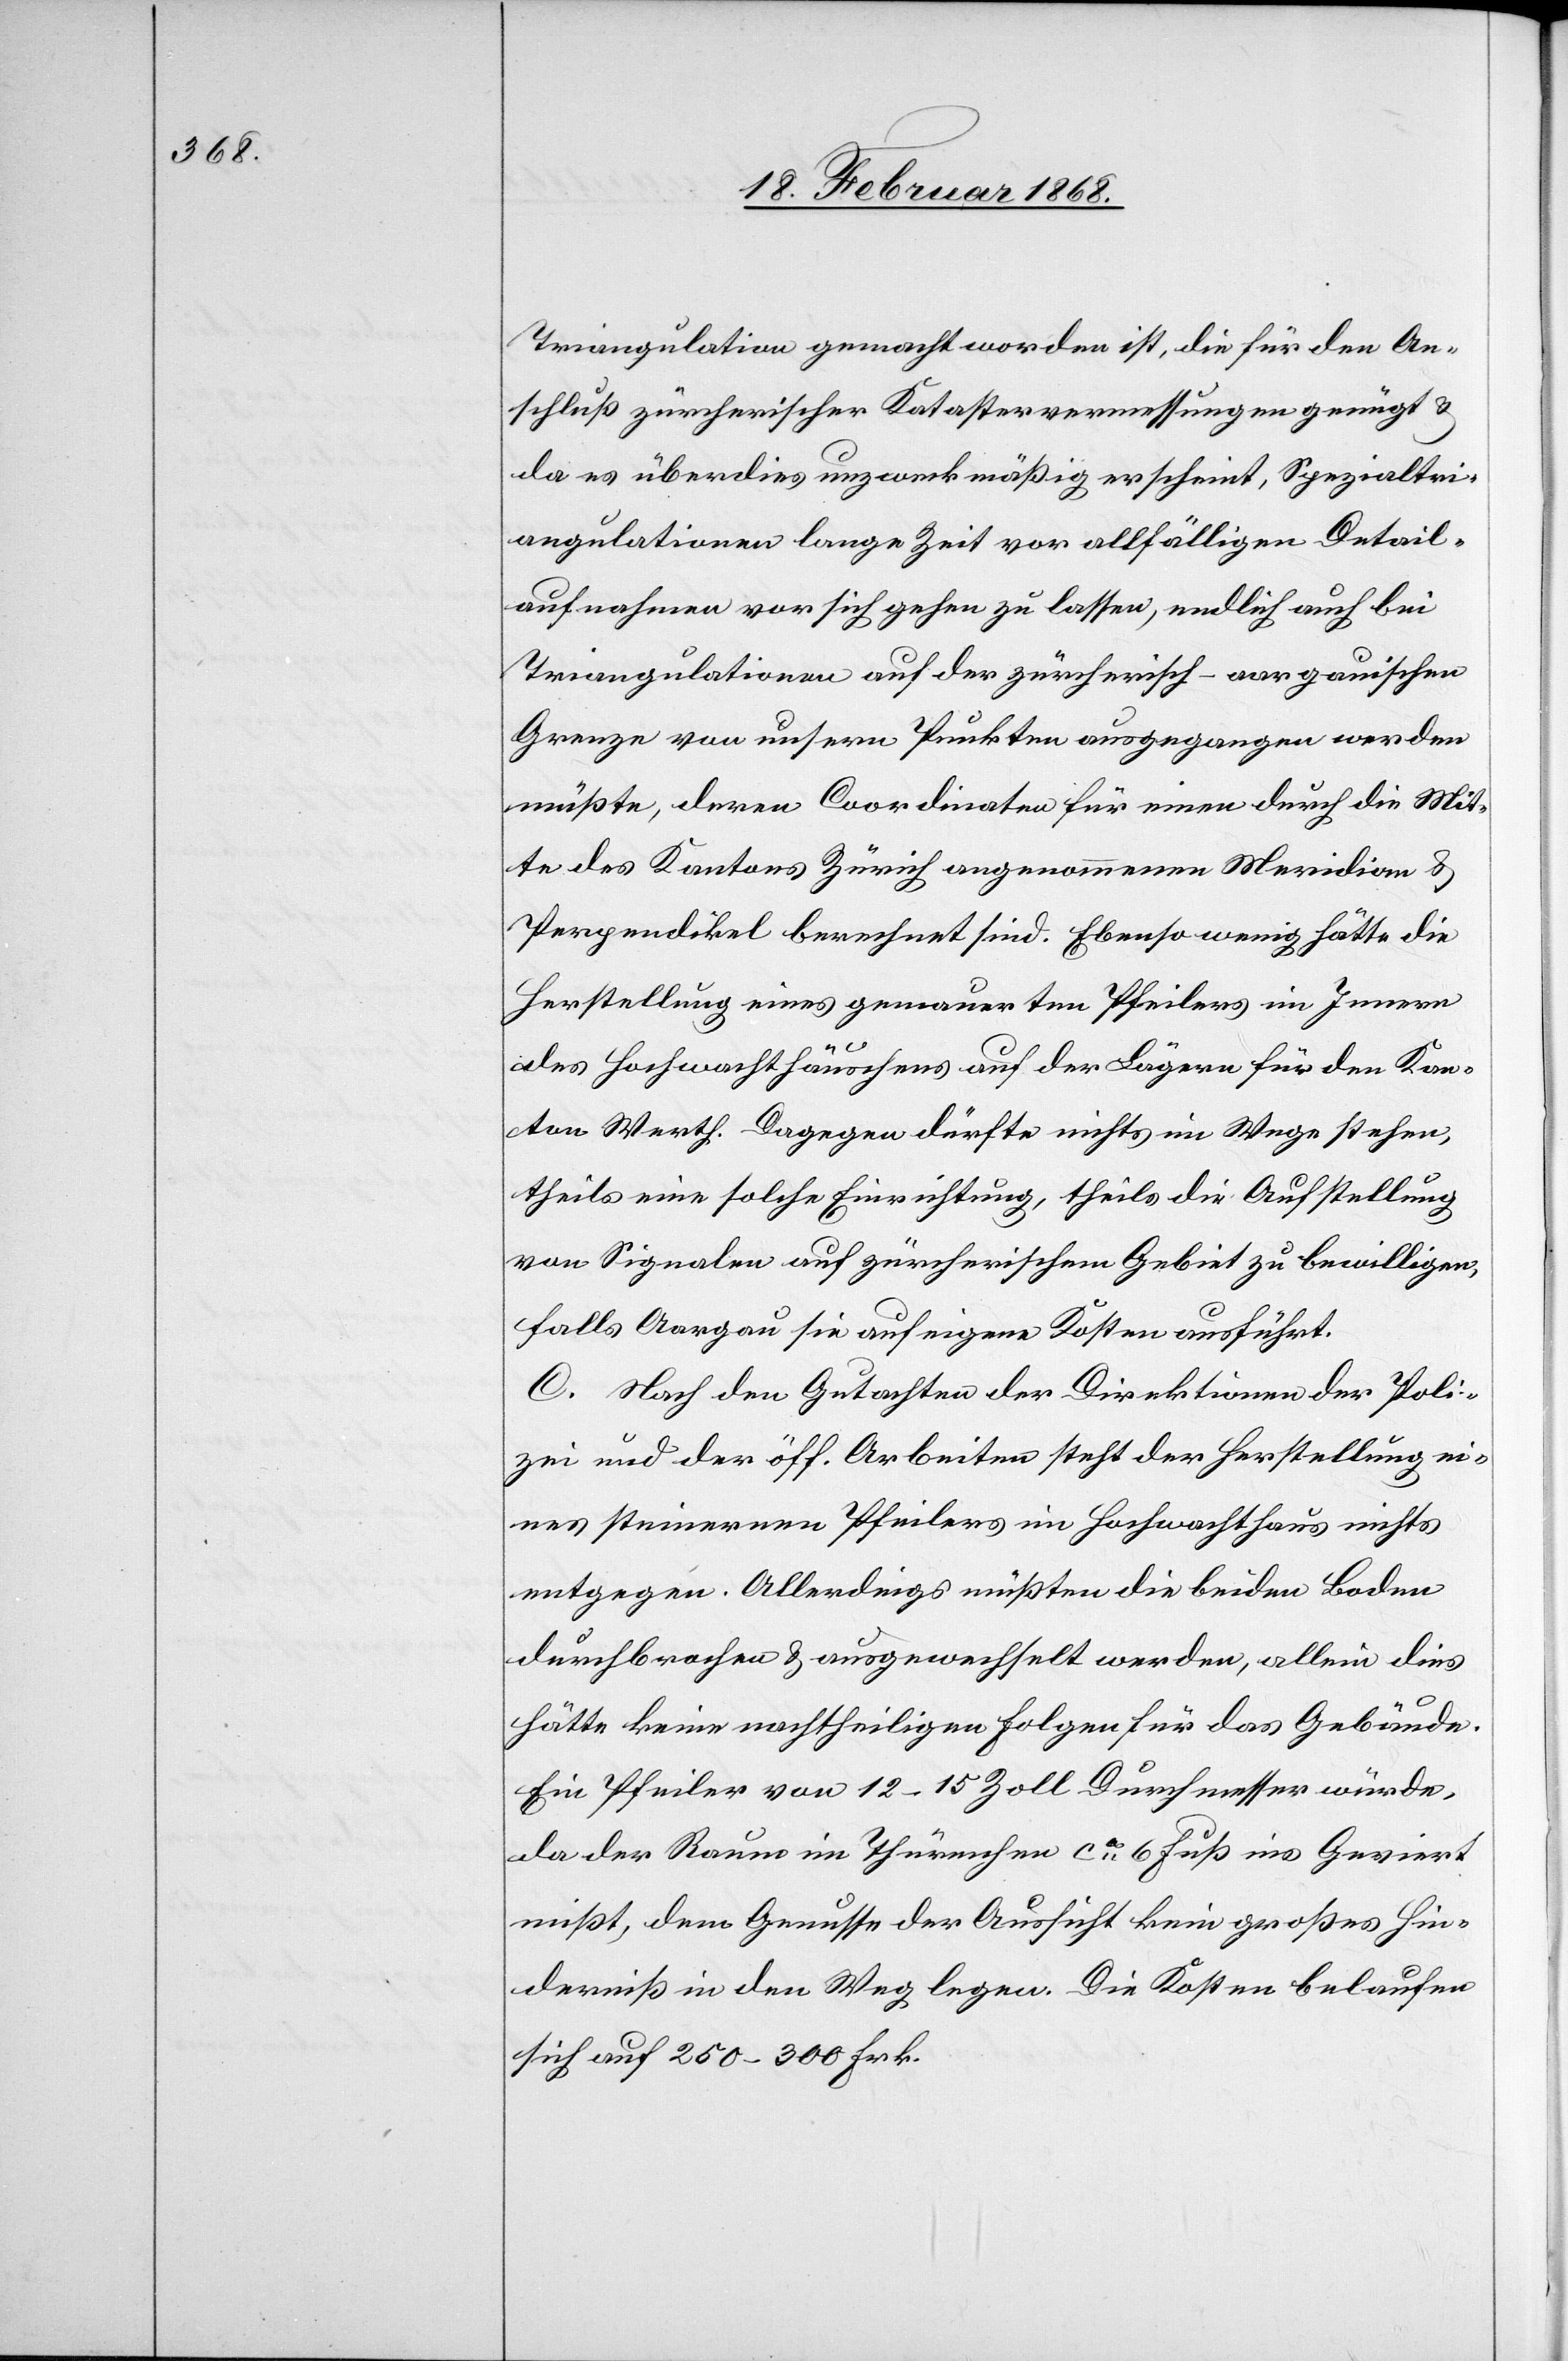
Triangulation gemacht worden ist, die für den An¬
schluß zürcherischer Katastervermessungen genügt &
da es überdies unzweckmäßig erscheint, Spezialtri¬
angulationen lange Zeit vor allfälligen Detail¬
aufnahmen vor sich gehen zu lassen, endlich auch bei
Triangulationen auf der zürcherisch-aargauischen
Grenze von unsern Punkten ausgegangen werden
müßte, deren Coordinaten für einen durch die Mit¬
te des Kantons Zürich angenommenen Meridian &
Perpendikel berechnet sind. Ebenso wenig hätte die
Herstellung eines gemauerten Pfeilers im Innern
des Hochwachthäuschens auf der Lägern für den Kan¬
ton Werth. Dagegen dürfte nichts im Wege stehen,
theils eine solche Einrichtung, theils die Aufstellung
von Signalen auf zürcherischem Gebiet zu bewilligen,
falls Aargau sie auf eigene Kosten ausführt.
C. Nach den Gutachten der Direktionen der Poli¬
zei und der öff. Arbeiten steht der Herstellung ei¬
nes steinernen Pfeilers im Hochwachthaus nichts
entgegen. Allerdings müßten die beiden Boden
durchbrochen & ausgewechselt werden, allein dies
hätte keine nachtheiligen Folgen für das Gebäude.
Ein Pfeiler von 12–15 Zoll Durchmesser würde,
da der Raum im Thürmchen ca. 6 Fuß ins Geviert
mißt, dem Genusse der Aussicht kein großes Hin¬
derniß in den Weg legen. Die Kosten belaufen
sich auf 250–300 Frk.